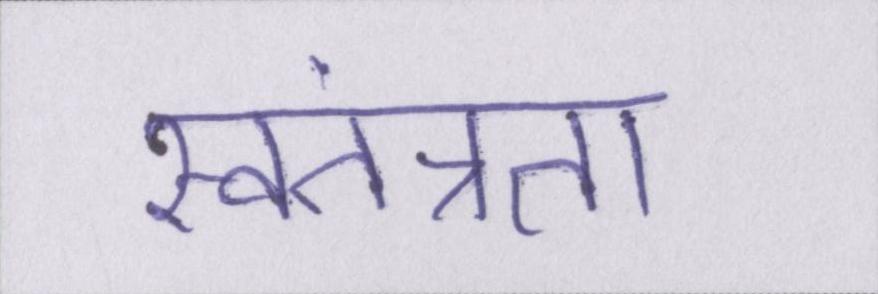
स्वतंत्रता